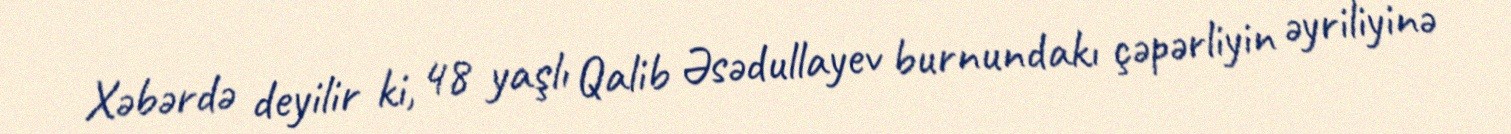
Xəbərdə deyilir ki, 48 yaşlı Qalib Əsədullayev burnundakı çəpərliyin əyriliyinə